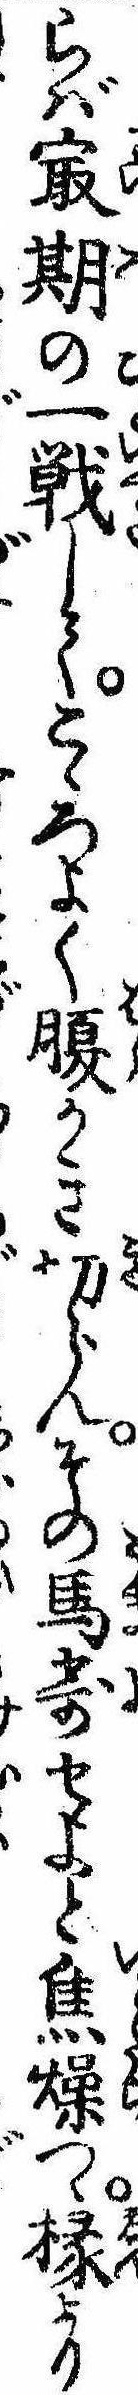
らば㝡期の一戦してこゝろよく腹かき切らんその馬寄せよと焦燥つゝ椽より